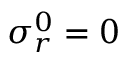
\sigma _ { r } ^ { 0 } = 0